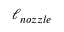
\ell _ { n o z z l e }